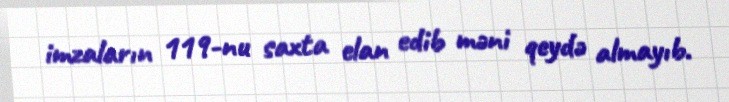
imzaların 119-nu saxta elan edib məni qeydə almayıb.